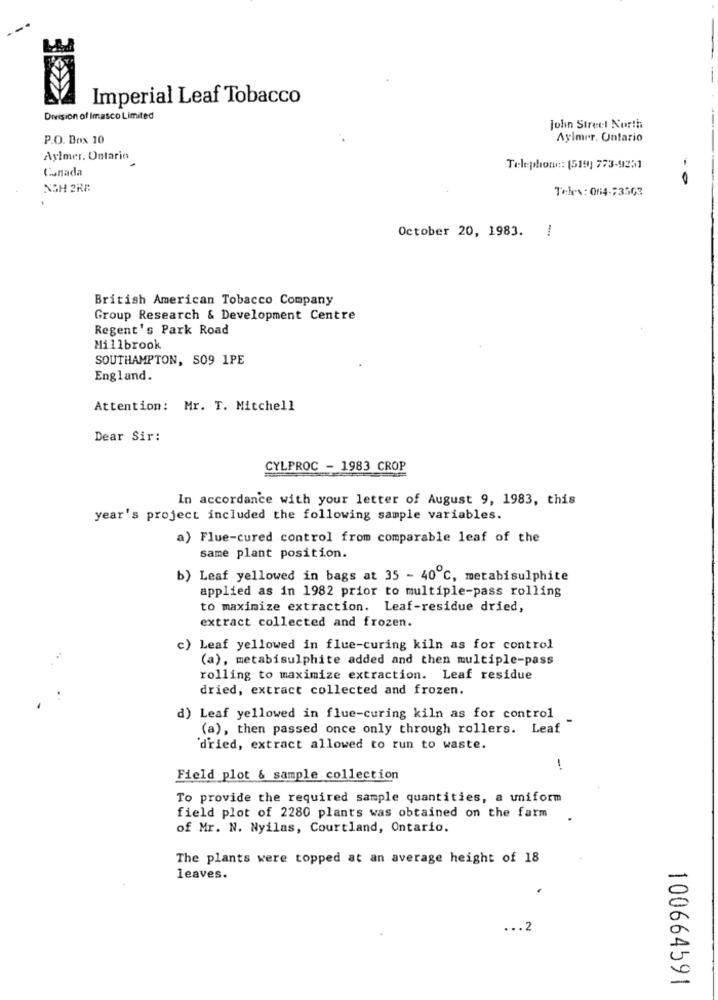
Imperial Leaf Tobacco
Division of Imasco Limited
John Street North
P.O. Box 10
Aylmer. Ontario
Aylmer. Ontario
Canada
Telephone :: (519) 773-9231
NGH 2RE
Teles: 014-73503
October 20, 1983. !
British American Tobacco Company
Group Research & Development Centre
Regent's Park Road
Millbrook
SOUTHAMPTON, SO9 1PE
England.
Attention: Mr. T. Mitchell
Dear Sir:
CYLPROC - 1983 CROP
In accordance with your letter of August 9, 1983, this
year's project included the following sample variables.
a) Flue-cured control from comparable leaf of the
same plant position.
b) Leaf yellowed in bags at 35 - 40 ℃, metabisulphite
applied as in 1982 prior to multiple-pass rolling
to maximize extraction. Leaf-residue dried,
extract collected and frozen.
c) Leaf yellowed in flue-curing kiln as for control
(a), metabisulphite added and then multiple-pass
rolling to maximize extraction. Leaf residue
dried, extract collected and frozen.
d) Leaf yellowed in flue-curing kiln as for control
(a), then passed once only through rollers. Leaf "
dried, extract allowed to run to waste.
--
Field plot & sample collection
To provide the required sample quantities, a uniform
field plot of 2280 plants was obtained on the farm
of Mr. N. Nyilas, Courtland, Ontario.
The plants were topped at an average height of 18
leaves.
... 2
100664591